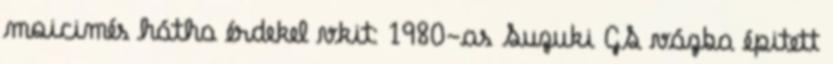
moicimés hátha érdekel vkit: 1980-as Suzuki GS vázba épitett